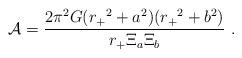
LaTeX: \begin{align*}{\cal A}={2\pi^2G ({r_+}^2+a^2)({r_+}^2+b^2) \over {r_+}\Xi_a \Xi_b}\ .\end{align*}